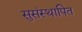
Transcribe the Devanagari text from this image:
सुसंस्थापित